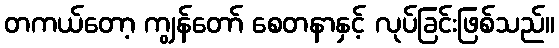
တကယ်တော့ ကျွန်တော် စေတနာနှင့် လုပ်ခြင်းဖြစ်သည်။